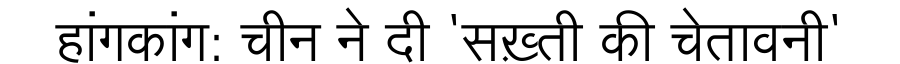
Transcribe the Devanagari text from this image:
हांगकांग: चीन ने दी 'सख़्ती की चेतावनी'